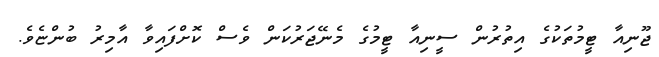
ޖޫނިއާ ޓީމުތަކުގެ އިތުރުން ސީނިއާ ޓީމުގެ މެނޭޖަރުކަން ވެސް ކޮށްފައިވާ އާމިރު ބުންޏެވެ.